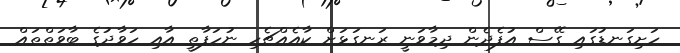
ހަށިގަނޑުގައި ގޭސް އުފެދެން ދިމާވަނީ ރަނގަޅަށް ކާއެއްޗެހި ނުހަފާތީ އާއި ހަވާދުގެ ބާވަތްތައް